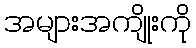
အများအကျိုးကို